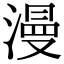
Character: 漫